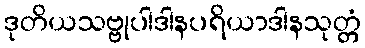
ဒုတိယသဗ္ဗုပါဒါနပရိယာဒါနသုတ္တံ